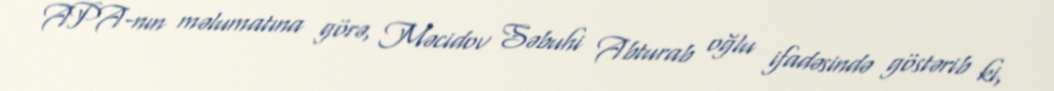
APA-nın məlumatına görə, Məcidov Səbuhi Abturab oğlu ifadəsində göstərib ki,